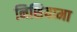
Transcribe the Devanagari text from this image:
निशियामा